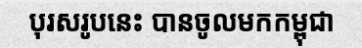
បុរសរូបនេះ បានចូលមកកម្ពុជា